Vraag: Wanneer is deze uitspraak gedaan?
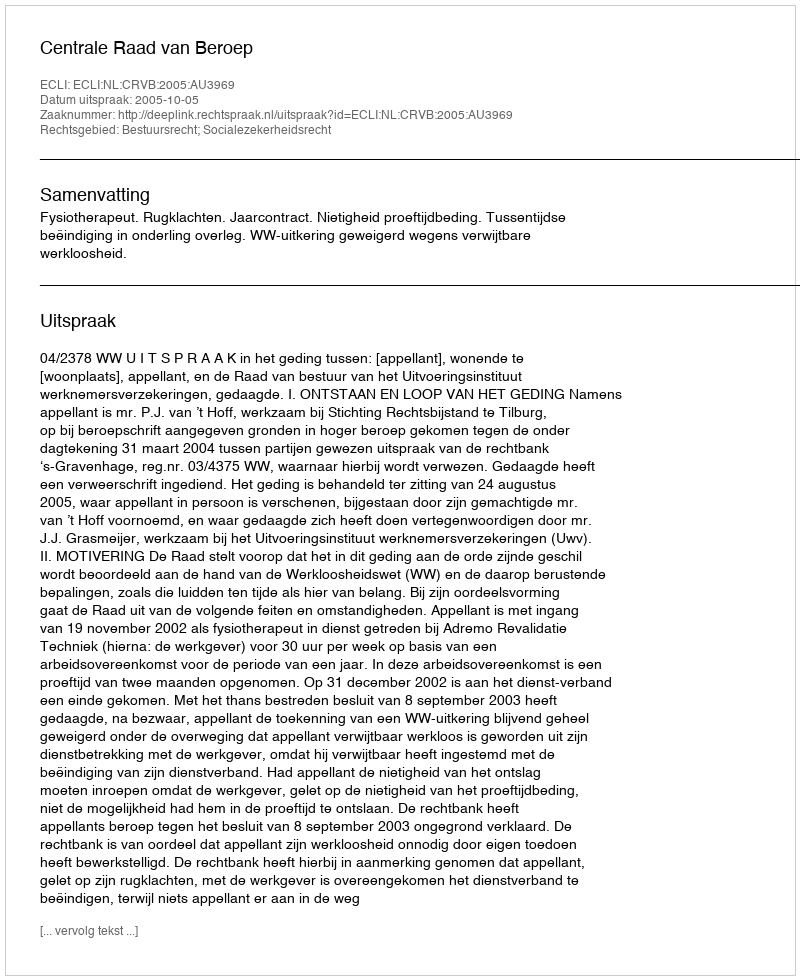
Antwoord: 2005-10-05